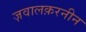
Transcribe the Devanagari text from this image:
ज़वालक़रनीन